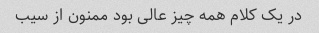
در یک کلام همه چیز عالی بود ممنون از سیب